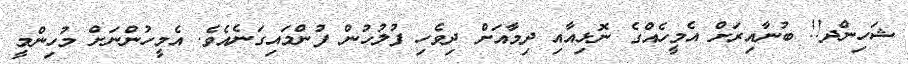
ޝަހިންދ!! ބުނާއިރަށް އެމީހެއްގެ ނޮޅިއާއި ދިމާއަށް ދިވެހި ފުލުހުން ފުންމައިގަނެއެވެ. އެމީހުންނަށް މުހިންމީ